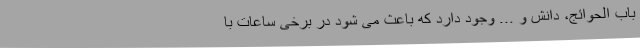
باب الحوائج، دانش و ... وجود دارد که باعث می شود در برخی ساعات با